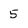
Character: 5